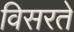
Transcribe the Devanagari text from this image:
विसरते